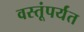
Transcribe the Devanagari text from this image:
वस्तूंपर्यंत